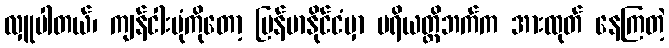
လှူပါတယ်၊ ကျန်ငါးပုံကိုတော့ မြန်မာနိုင်ငံမှာ ပရိယတ္တိဘက်က အားထုတ် နေကြတဲ့